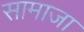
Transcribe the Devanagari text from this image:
सामाजा